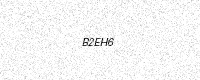
Text: B2EH6